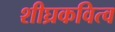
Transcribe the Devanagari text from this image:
शीघ्रकवित्व